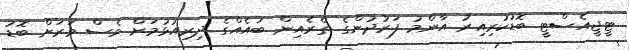
ޓީޖީއެސްޓީ ބޮޑުކުރިއިރު އާންމު ފަރުދުންގެ ތެރެއިން ބައެއްގެ ދިރިއުޅުމަށް ވެސް ވަރަށް ބޮޑު